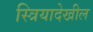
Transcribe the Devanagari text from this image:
स्त्रियादेखील